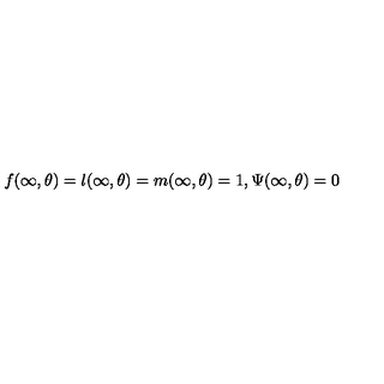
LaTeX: f ( \infty , \theta ) = l ( \infty , \theta ) = m ( \infty , \theta ) = 1 , \Psi ( \infty , \theta ) = 0